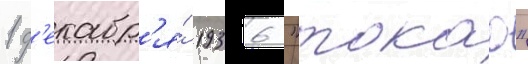
1 д'екабр'я́ 1936 "такао"